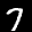
Label: 7